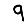
Digit: 9